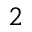
_ 2